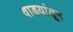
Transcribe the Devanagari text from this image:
वाडयांतून